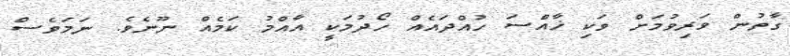
ގާތުން ވަރިވުމަށް ވަކި ޚާއްސަ ހުއްދައެއް ހޯދުމަކީ އާއްމު ކަމެއް ނޫނެވެ. ނަމަވެސް